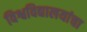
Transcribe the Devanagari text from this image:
विश्वविद्यालयांचा